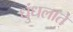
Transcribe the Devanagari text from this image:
धुंधलाते